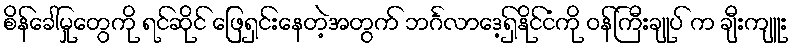
စိန်ခေါ်မှုတွေကို ရင်ဆိုင် ဖြေရှင်းနေတဲ့အတွက် ဘင်္ဂလာဒေ့ရှ်နိုင်ငံကို ဝန်ကြီးချုပ် က ချီးကျူး